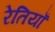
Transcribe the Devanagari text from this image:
रेतियाँ